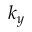
k _ { y }